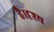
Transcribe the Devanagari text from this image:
है।दृश्य